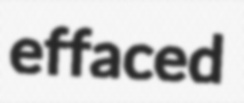
effaced